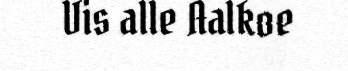
Vis alle Aalkoe